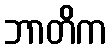
ဘာတိက